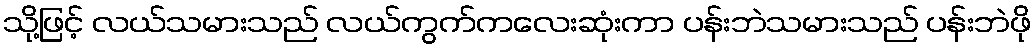
သို့ဖြင့် လယ်သမားသည် လယ်ကွက်ကလေးဆုံးကာ ပန်းဘဲသမားသည် ပန်းဘဲဖို